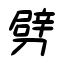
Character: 劈